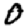
Digit: 0